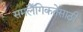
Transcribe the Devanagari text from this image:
समलैँगिकतेसाठी